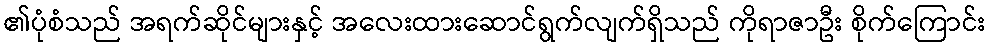
၏ပုံစံသည် အရက်ဆိုင်များနှင့် အလေးထားဆောင်ရွက်လျက်ရှိသည် ကိုရာဇာဦး စိုက်ကြောင်း